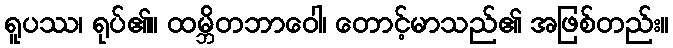
ရူပဿ၊ ရုပ်၏။ ထမ္ဘိတဘာဝေါ၊ တောင့်မာသည်၏ အဖြစ်တည်း။